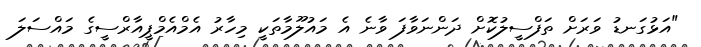
"އަޅުގަނޑު ވަރަށް ތަފްސީލުކޮށް ދަންނަވާފަ ވާނެ އެ މައުލޫމާތަކީ މިހާރު އެމްއެމްޕީއާރްސީގެ މައްސަލަ